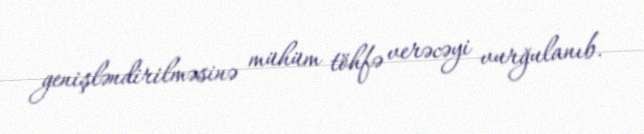
genişləndirilməsinə mühüm töhfə verəcəyi vurğulanıb.